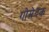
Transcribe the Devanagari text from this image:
गोमेदक